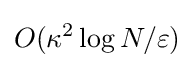
O(\kappa ^{2}\log N/\varepsilon )